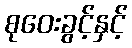
စုဝေးခွင့်နှင့်